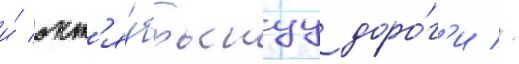
и́ окт'я́брьскуу доро́г'и //